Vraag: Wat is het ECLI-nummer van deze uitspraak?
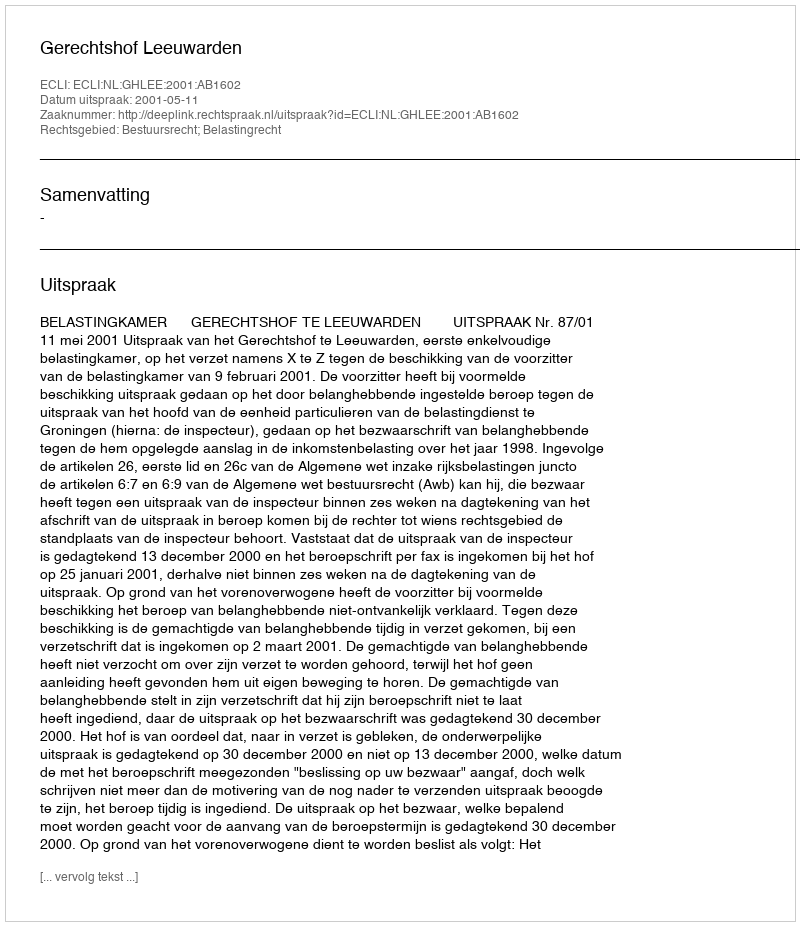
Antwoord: ECLI:NL:GHLEE:2001:AB1602